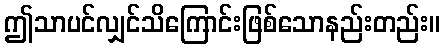
ဤသာပင်လျှင်သိကြောင်းဖြစ်သောနည်းတည်း။